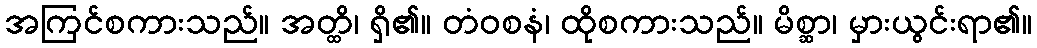
အကြင်စကားသည်။ အတ္ထိ၊ ရှိ၏။ တံဝစနံ၊ ထိုစကားသည်။ မိစ္ဆာ၊ မှားယွင်းရာ၏။